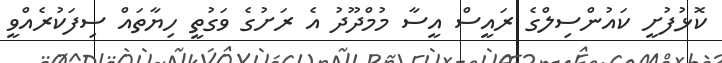
ކޮޅުފުށީ ކައުންސިލްގެ ރައީސް އީސާ މުމްދޫދު އެ ރަށުގެ ވަގުތީ ހިޔާތައް ސިފަކުރެއްވީ